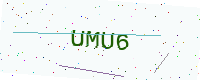
Text: UMU6